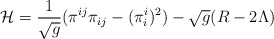
\begin{align*}{\cal H}= \frac{1}{\sqrt{g}}(\pi^{ij}\pi_{ij}-(\pi^{i}_{i})^{2}) -\sqrt{g}(R-2\Lambda)\end{align*}